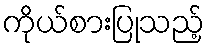
ကိုယ်စားပြုသည့်